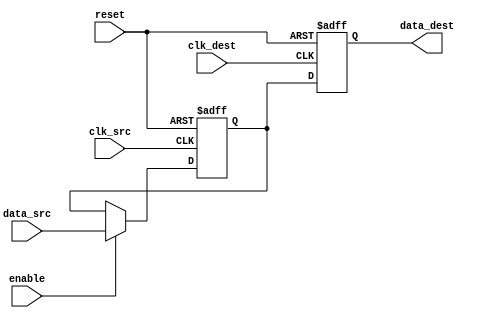
module pulsed_synchronizer (
    input wire clk_src,        // Clock signal from the source domain
    input wire data_src,       // Data signal from the source domain
    input wire clk_dest,       // Clock signal from the destination domain
    input wire reset,          // Reset signal
    input wire enable,         // Enable signal
    output reg data_dest       // Synchronized data signal aligned with the destination clock
);
    
    // Internal signals
    reg data_stage1;          // Output of the first flip-flop (in src clk domain)
    
    // First stage: capture data with the source clock
    always @(posedge clk_src or posedge reset) begin
        if (reset) begin
            data_stage1 <= 1'b0;  // Reset state
        end else if (enable) begin
            data_stage1 <= data_src; // Capture data_src
        end
    end

    // Second stage: capture the data output of the first flip-flop with the destination clock
    always @(posedge clk_dest or posedge reset) begin
        if (reset) begin
            data_dest <= 1'b0;      // Reset state
        end else begin
            data_dest <= data_stage1; // Synchronize data to the destination clock
        end
    end

endmodule